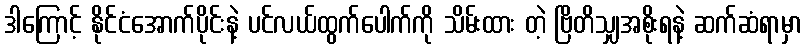
ဒါကြောင့် နိုင်ငံအောက်ပိုင်းနဲ့ ပင်လယ်ထွက်ပေါက်ကို သိမ်းထား တဲ့ ဗြိတိသျှအစိုးရနဲ့ ဆက်ဆံရာမှာ